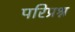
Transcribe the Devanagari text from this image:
परिप्रश्न